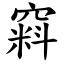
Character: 窲